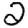
Digit: 2